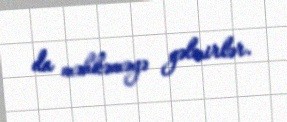
da məhkəməyə gəlmirlər.